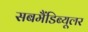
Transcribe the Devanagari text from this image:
सबमैंडिब्यूलर